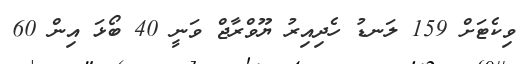
ވިކެޓަށް 159 ލަނޑު ހެދިއިރު ޔޫވްރާޖް ވަނީ 40 ބޯޅަ އިން 60